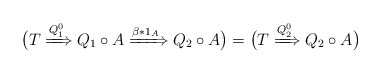
\begin{align*} \bigl( T \xRightarrow{Q_1^0} Q_1 \circ A \xRightarrow{\beta * 1_A} Q_2 \circ A \bigr) = \bigl( T \xRightarrow{Q_2^0} Q_2 \circ A \bigr)\end{align*}